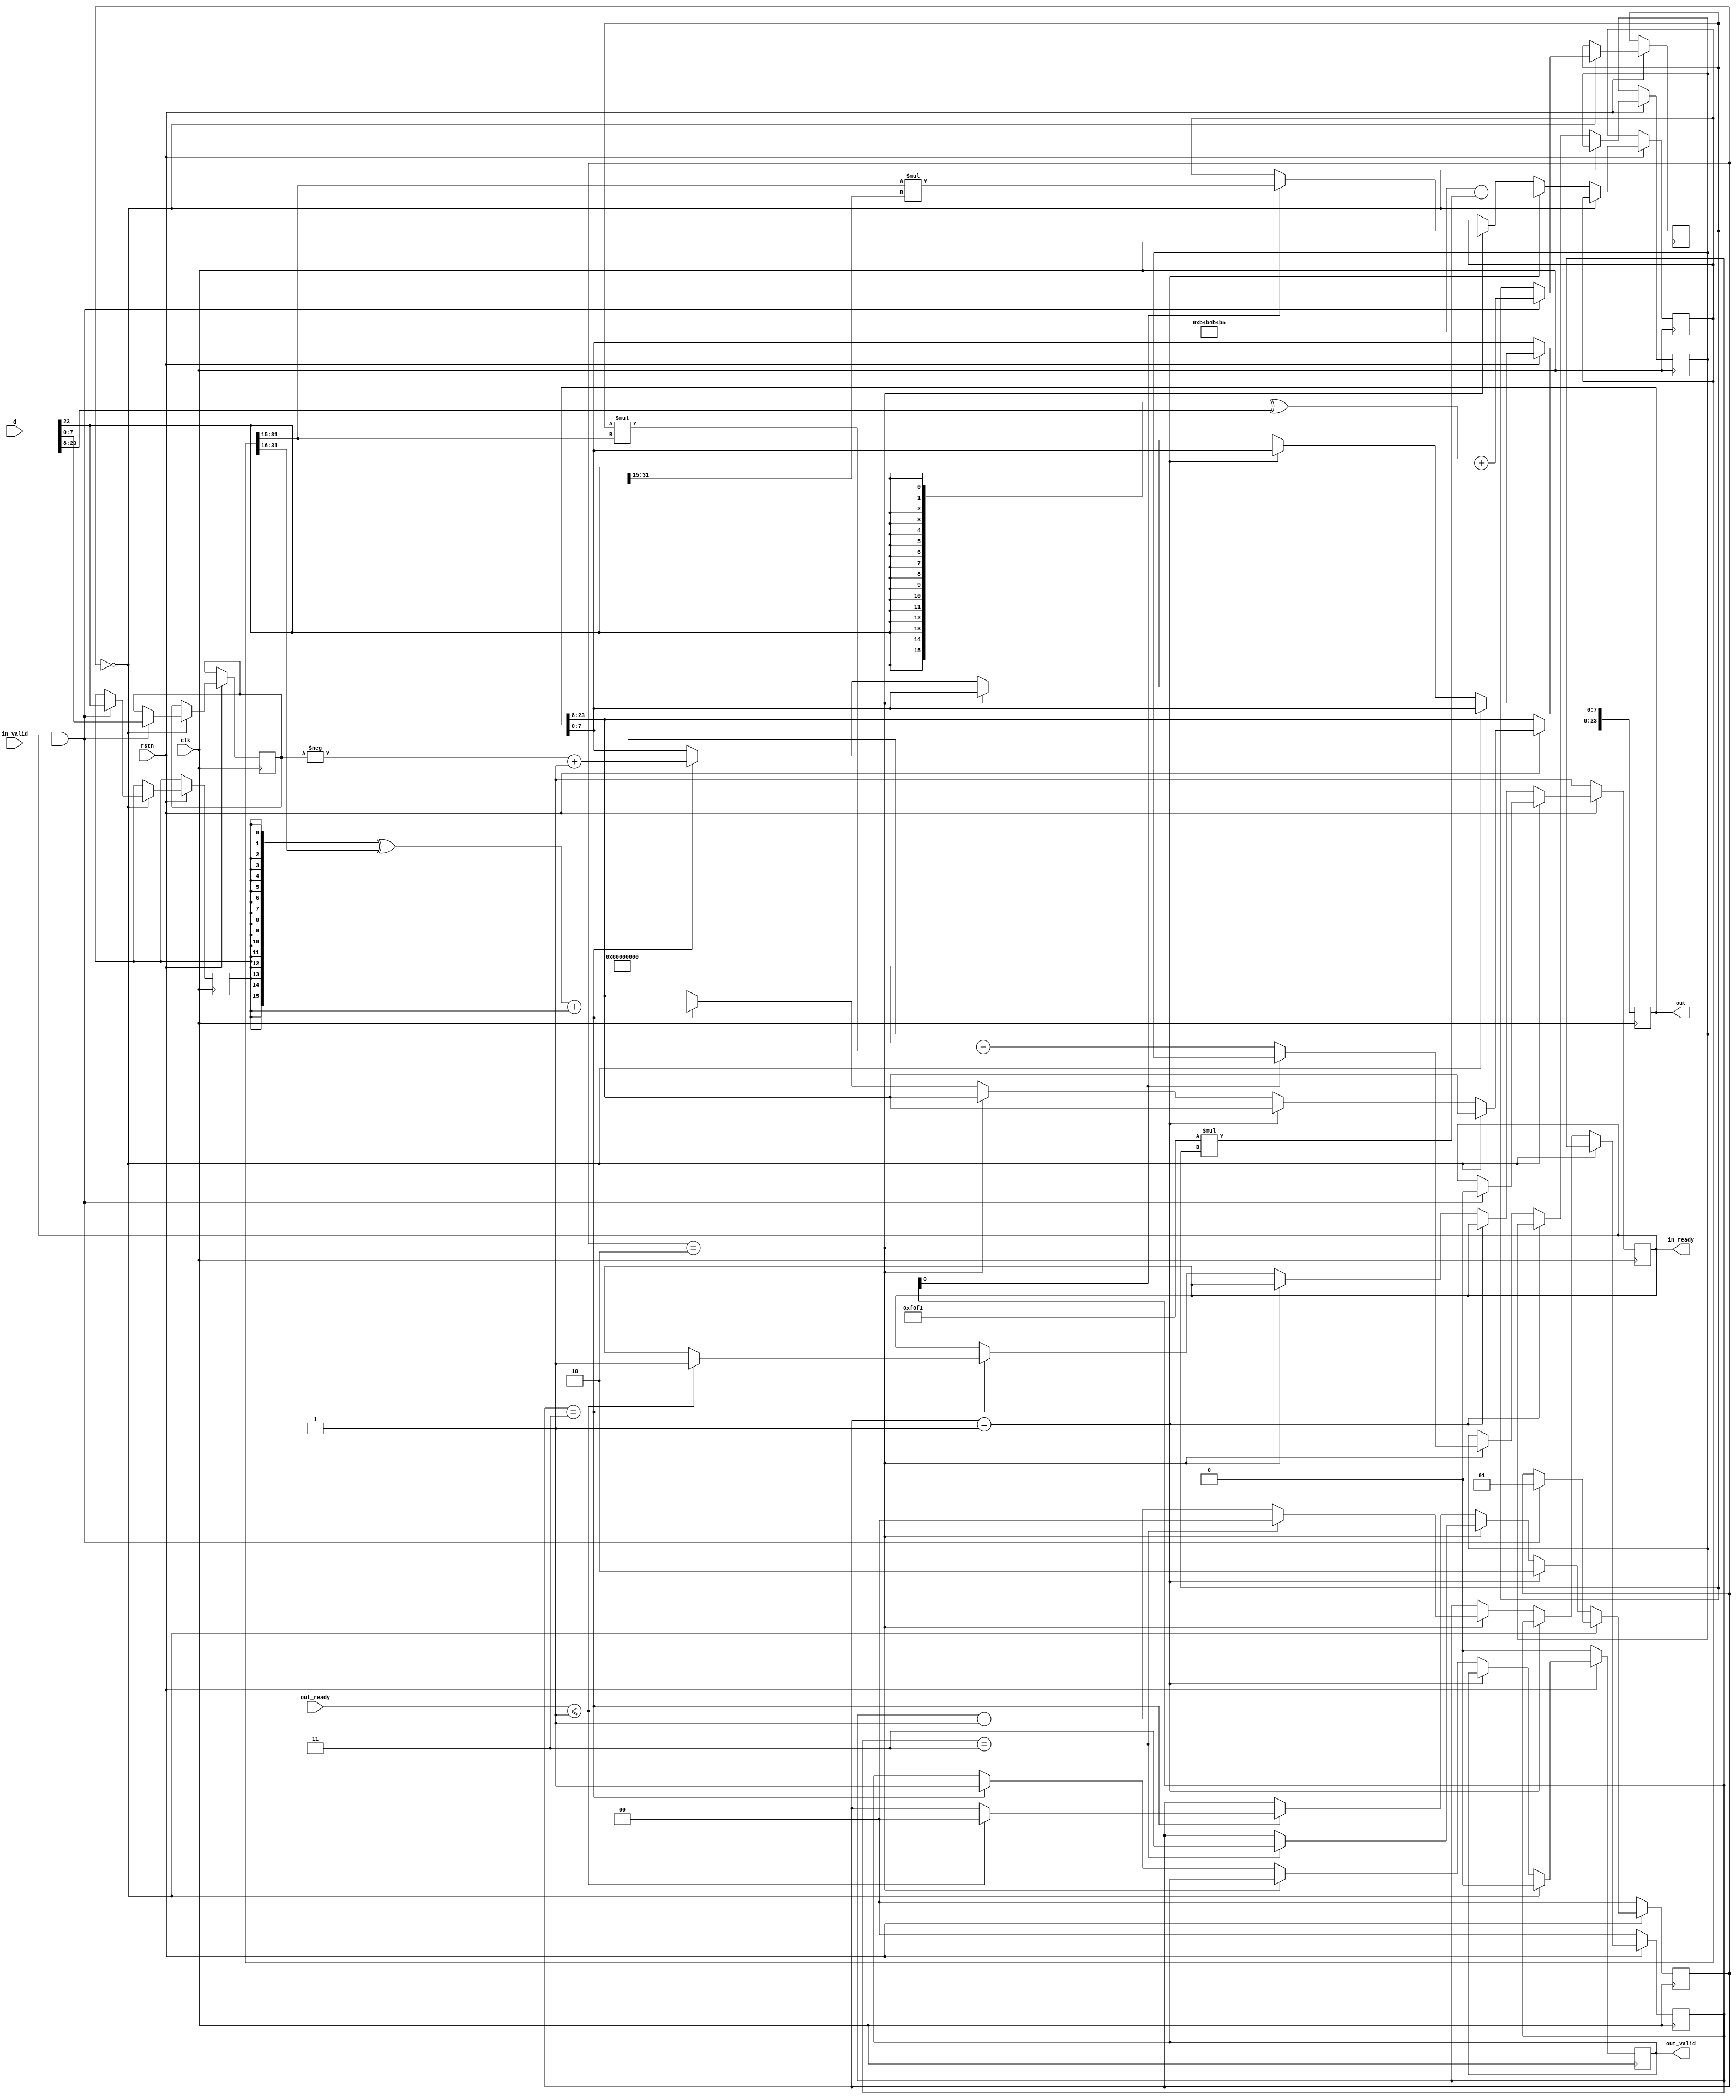
module nr_div (
    input rstn,
    input clk,

    input [MANTISSA_W+EXP_W-1:0] d,
    input in_valid,
    output reg in_ready,

    output reg [MANTISSA_W+EXP_W-1:0] out,
    output reg out_valid,
    input out_ready
);
    localparam MANTISSA_W = 16;
    localparam EXP_W = 8;
    localparam ITERATION_COUNT = 4;
    localparam ITERATION_CNT_W = 2;
    localparam MANTISSA_W_CLOG2 = 4;


    localparam STATE_W = 2;
    localparam STATE_IDLE = 0;
    localparam STATE_APPROXIMATE = 1;
    localparam STATE_ITTERATING = 2;
    localparam STATE_DONE = 3;
    localparam FIX_POINT_LOCATION = 15;

    localparam CONST_48_OVER_17 = 32'd3031741621; // 2u30
    localparam CONST_32_OVER_17 = 16'd61681; // 1u15
    localparam CONST_2 = 32'h80000000; // 2u30
    


    reg [MANTISSA_W-1:0] d_man; // 1u15
    // sufficient for 16x16 multiplication
    reg [31:0] z; // 2u30
    reg [31:0] ztemp; // 2u30

    reg signed [EXP_W-1:0] d_exp; // 8s
    reg d_sign;

    reg [ITERATION_CNT_W-1:0] i;
    reg [STATE_W-1:0] state;
    

    always @(posedge clk) begin
        
        if (!rstn) begin
            i <= 0;
            state <= STATE_IDLE;
            in_ready <= 1;
            out_valid <= 0;

            
        end else begin
            if (state == STATE_IDLE) begin
                out_valid <= 0;

                if (in_ready && in_valid) begin
                    d_man <= ({(MANTISSA_W){d[MANTISSA_W+EXP_W-1]}} ^ d[MANTISSA_W+EXP_W-1:EXP_W]) + d[MANTISSA_W+EXP_W-1];
                    d_exp <= d[EXP_W-1:0];
                    d_sign <= d[MANTISSA_W+EXP_W-1];
                    state <= STATE_APPROXIMATE;
                    in_ready <= 0;
                end
           
            end else if (state == STATE_APPROXIMATE) begin
                z <= CONST_48_OVER_17 - (CONST_32_OVER_17 * d_man);
                state <= STATE_ITTERATING;

            end else if (state == STATE_ITTERATING) begin
                i <= i+1;
                if (i[0] == 1'b0) begin
                    ztemp <= CONST_2-(d_man * (z >> FIX_POINT_LOCATION));
                end else begin
                    z <= ((z >> FIX_POINT_LOCATION) * (ztemp >> FIX_POINT_LOCATION));
                end
                if (i == ITERATION_COUNT-1) begin
                    i <= 0;
                    state <= STATE_DONE;
                end
           
            end else if (state == STATE_DONE) begin
                out_valid <= 1;
                out[MANTISSA_W+EXP_W-1:EXP_W] <= ({MANTISSA_W{d_sign}} ^ (z[31:31-MANTISSA_W+1])) + d_sign;
                out[EXP_W-1:0] <= -d_exp + 1'b1;
                if (out_ready <= 1) begin
                    state <= STATE_IDLE;
                    in_ready <= 1;
                end
            end
        end
    end
    
// cocotb signal dump
`ifdef COCOTB_SIM
    initial begin
        $dumpfile ("nr_div.vcd");
        $dumpvars (0, nr_div);
        #1;
    end
`endif

endmodule